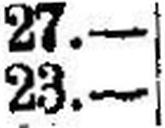
23.—